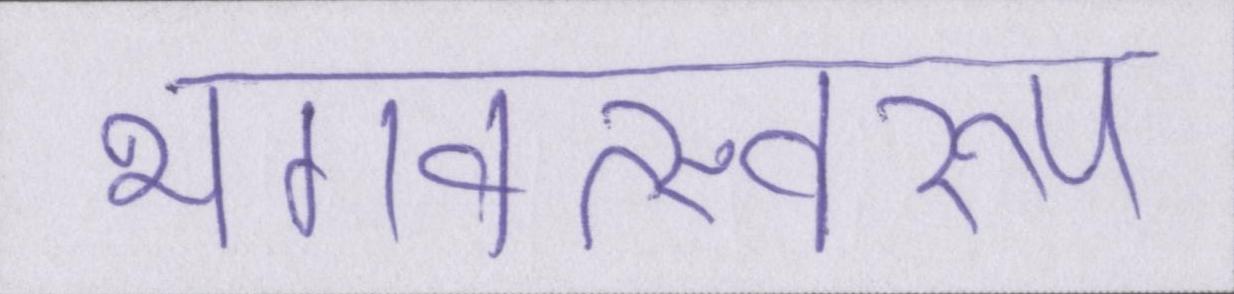
भगवत्स्वरूप